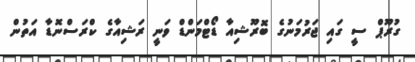
ގުރޫޕް ސީ ގައި ޖަރުމަނުގެ ބޮރޫޝިއާ ޑޯޓްމަންޑް ވަނީ ރަޝިއާގެ ކްރަސްނޮޑާ އަތުން